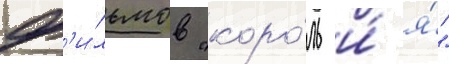
ф'и́льмов "коро́ль и́ я́"